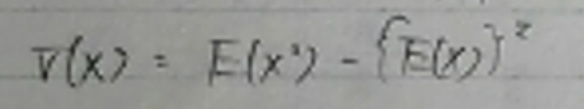
\[
V(X)=E(X^{2})-\{E(X)\}^{2}
\]